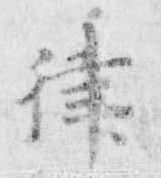
律